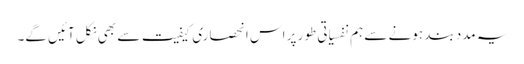
یہ مدد بند ہونے سے ہم نفسیاتی طور پر اس انحصاری کیفیت سے بھی نکل آئیں گے۔